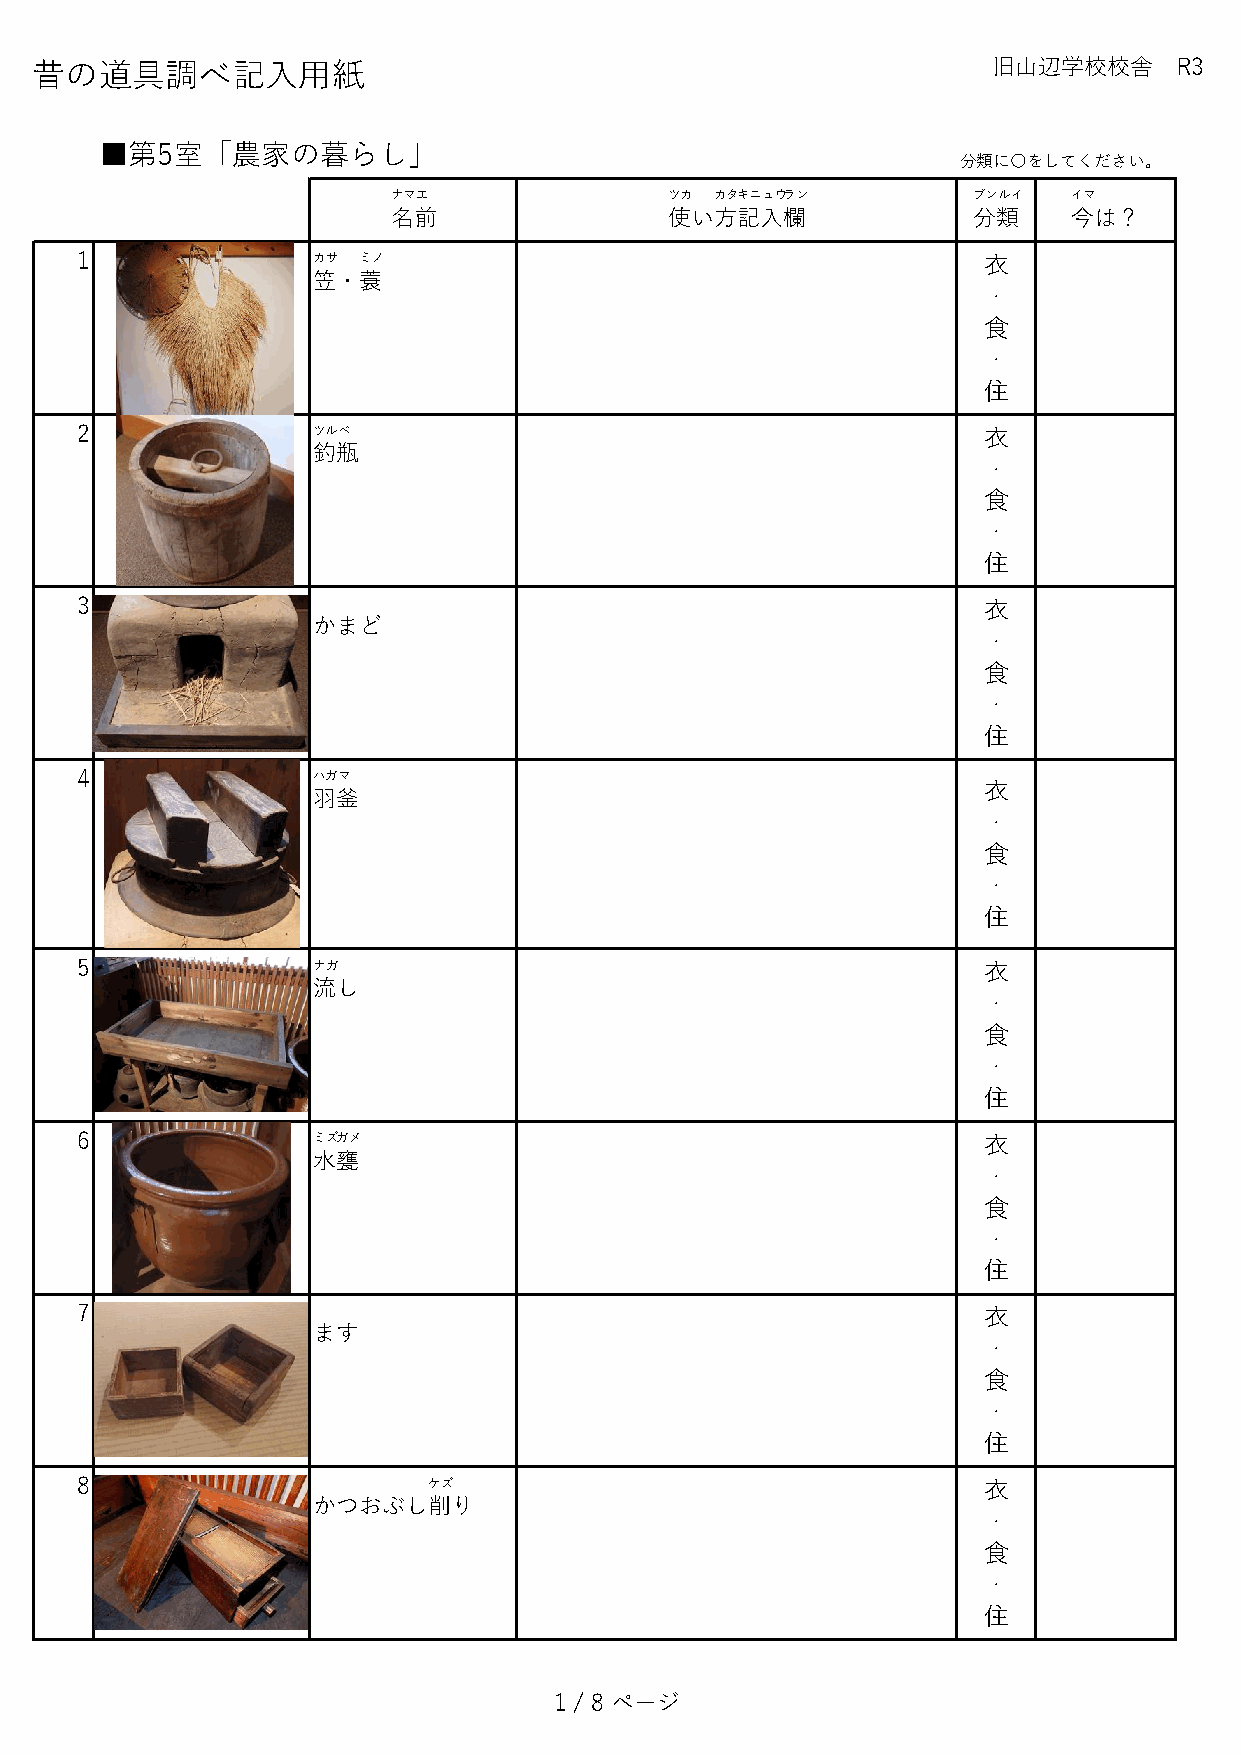
昔の道具調べ記入用紙                                                      旧山辺学校校舎     R3
 ■第5室「農家の暮らし」
 分類に〇をしてください。
 ナマエ               ツカ カタキニュウラン         ブンルイ   イマ
 名前                使い方記入欄              分類     今は？
 1               カサ ミノ                                       衣
 笠・蓑
 ・
 食
 ・
 住
 2               ツルベ                                         衣
 釣瓶
 ・
 食
 ・
 住
 3                                                           衣
 かまど
 ・
 食
 ・
 住
 4               ハガマ
 衣
 羽釜
 ・
 食
 ・
 住
 5               ナガ                                          衣
 流し
 ・
 食
 ・
 住
 6               ミズガメ                                        衣
 水甕
 ・
 食
 ・
 住
 7                                                           衣
 ます
 ・
 食
 ・
 住
 8                      ケズ                                   衣
 かつおぶし削り
 ・
 食
 ・
 住
 1 / 8 ページ